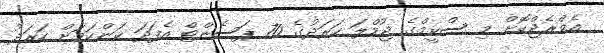
އެވްރެޖްކޮށް މި ސްކީމްގެ ޖުމްލަ ހަރަދުގެ 70 ޕަސެންޓް އެފަދަ ކަންކަމަށް ހަރަދު